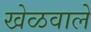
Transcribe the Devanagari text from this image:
खेळवाले